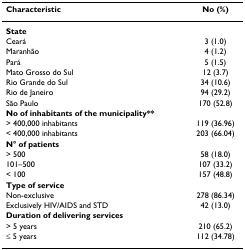
<table><thead><tr><td><b>Characteristic</b></td><td><b>No (%)</b></td></tr></thead><tbody><tr><td><b>State</b></td><td></td></tr><tr><td>Ceará</td><td>3 (1.0)</td></tr><tr><td>Maranhão</td><td>4 (1.2)</td></tr><tr><td>Pará</td><td>5 (1.5)</td></tr><tr><td>Mato Grosso do Sul</td><td>12 (3.7)</td></tr><tr><td>Rio Grande do Sul</td><td>34 (10.6)</td></tr><tr><td>Rio de Janeiro</td><td>94 (29.2)</td></tr><tr><td>São Paulo</td><td>170 (52.8)</td></tr><tr><td><b>No of inhabitants of the municipality**</b></td><td></td></tr><tr><td>&gt; 400,000 inhabitants</td><td>119 (36.96)</td></tr><tr><td>&lt; 400,000 inhabitants</td><td>203 (66.04)</td></tr><tr><td><b>N° of patients</b></td><td></td></tr><tr><td>&gt; 500</td><td>58 (18.0)</td></tr><tr><td>101–500</td><td>107 (33.2)</td></tr><tr><td>&lt; 100</td><td>157 (48.8)</td></tr><tr><td><b>Type of service</b></td><td></td></tr><tr><td>Non-exclusive</td><td>278 (86.34)</td></tr><tr><td>Exclusively HIV/AIDS and STD</td><td>42 (13.0)</td></tr><tr><td><b>Duration of delivering services</b></td><td></td></tr><tr><td>&gt; 5 years</td><td>210 (65.2)</td></tr><tr><td>≤ 5 years</td><td>112 (34.78)</td></tr></tbody></table>